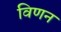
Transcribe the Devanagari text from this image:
विणन